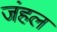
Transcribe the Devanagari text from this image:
जंहल